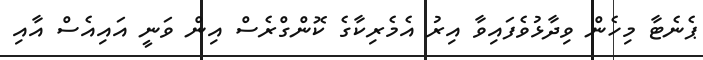
ޕެނެޓާ މިހެން ވިދާޅުވެފައިވާ އިރު އެމެރިކާގެ ކޮންގްރެސް އިން ވަނީ އައިއެސް އާއި